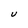
Character: U